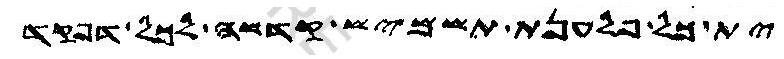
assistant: ית כל פלענת תשמיש קדשה לכל דפקד